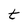
Character: t